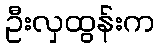
ဦးလှထွန်းက